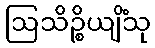
ဩသိဉ္စိယျိံသု